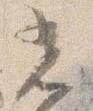
光